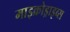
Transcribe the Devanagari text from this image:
माइक्रोड्राइव्स